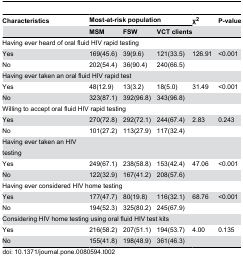
<table><thead><tr><td><b>Characteristics</b></td><td colspan="3"><b>Most-at-risk population</b></td><td><b>χ<sup>2</sup></b></td><td><b>P-value</b></td></tr><tr><td></td><td><b>MSM</b></td><td><b>FSW</b></td><td><b>VCT clients</b></td><td></td><td></td></tr></thead><tbody><tr><td colspan="6">Having ever heard of oral fluid HIV rapid testing</td></tr><tr><td>Yes </td><td>169(45.6)</td><td>39(9.6)</td><td>121(33.5)</td><td>126.91</td><td>&lt;0.001</td></tr><tr><td>No </td><td>202(54.4)</td><td>36(90.4)</td><td>240(66.5)</td><td></td><td></td></tr><tr><td colspan="6">Having ever taken an oral fluid HIV rapid test</td></tr><tr><td>Yes </td><td>48(12.9)</td><td>13(3.2)</td><td>18(5.0)</td><td>31.49</td><td>&lt;0.001</td></tr><tr><td>No </td><td>323(87.1)</td><td>392(96.8)</td><td>343(96.8)</td><td></td><td></td></tr><tr><td colspan="6">Willing to accept oral fluid HIV rapid testing</td></tr><tr><td>Yes </td><td>270(72.8)</td><td>292(72.1)</td><td>244(67.4)</td><td>2.83</td><td>0.243</td></tr><tr><td>No </td><td>101(27.2)</td><td>113(27.9)</td><td>117(32.4)</td><td></td><td></td></tr><tr><td>Having ever taken an HIV testing</td><td></td><td></td><td></td><td></td><td></td></tr><tr><td>Yes </td><td>249(67.1)</td><td>238(58.8)</td><td>153(42.4)</td><td>47.06</td><td>&lt;0.001</td></tr><tr><td>No </td><td>122(32.9)</td><td>167(41.2)</td><td>208(57.6)</td><td></td><td></td></tr><tr><td colspan="6">Having ever considered HIV home testing</td></tr><tr><td>Yes </td><td>177(47.7)</td><td>80(19.8)</td><td>116(32.1)</td><td>68.76</td><td>&lt;0.001</td></tr><tr><td>No </td><td>194(52.3)</td><td>325(80.2)</td><td>245(67.9)</td><td></td><td></td></tr><tr><td colspan="6">Considering HIV home testing using oral fluid HIV test kits</td></tr><tr><td>Yes </td><td>216(58.2)</td><td>207(51.1)</td><td>194(53.7)</td><td>4.00</td><td>0.135</td></tr><tr><td>No </td><td>155(41.8)</td><td>198(48.9)</td><td>361(46.3)</td><td></td><td></td></tr></tbody></table>